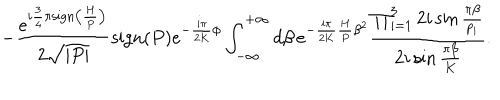
- \frac { e ^ { i \frac { 3 } { 4 } \pi \mathrm { s i g n } \left( \frac { H } { P } \right) } } { 2 \sqrt { | P | } } \mathrm { s i g n } ( P ) e ^ { - \frac { i \pi } { 2 K } \phi } \int _ { - \infty } ^ { + \infty } d \beta \, e ^ { - \frac { i \pi } { 2 K } \frac { H } { P } \beta ^ { 2 } } \frac { \prod _ { i = 1 } ^ { 3 } 2 i \sin \frac { \pi \beta } { p _ { i } } } { 2 i \sin \frac { \pi \beta } { K } } .